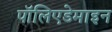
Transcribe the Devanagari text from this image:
पॉलिएडेमाइन